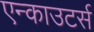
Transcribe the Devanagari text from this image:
एन्काउटर्स